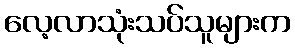
လေ့လာသုံးသပ်သူများက